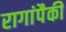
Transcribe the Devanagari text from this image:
रागांपैकी